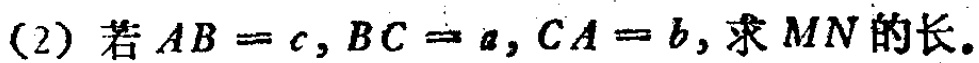
(2) 若 \(AB = c,BC = a,CA = b\), 求 \(MN\) 的长。